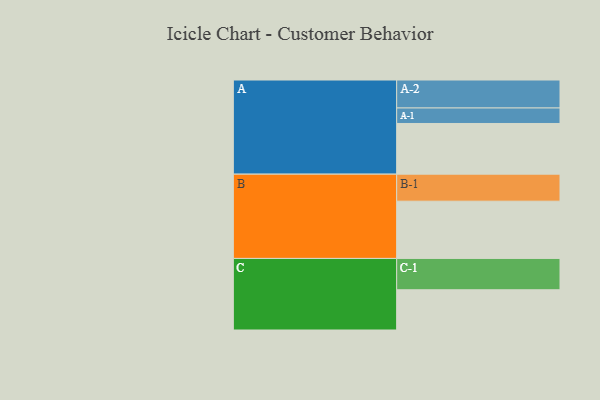
{"axis": {"x": "Segment", "y": "Value"}, "legend": ["", "A", "B", "C"], "data": [{"x": "A", "y": 471, "type": ""}, {"x": "B", "y": 532, "type": ""}, {"x": "C", "y": 374, "type": ""}, {"x": "A-1", "y": 144, "type": "A"}, {"x": "A-2", "y": 260, "type": "A"}, {"x": "B-1", "y": 251, "type": "B"}, {"x": "C-1", "y": 291, "type": "C"}]}